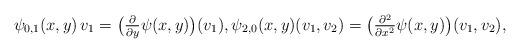
LaTeX: \begin{align*} \psi_{0,1}( x, y ) \, v_1 = \big(\tfrac{ \partial }{ \partial y } \psi( x, y )\big)( v_1 ) , \psi_{2,0}( x, y )( v_1, v_2 ) = \big( \tfrac{ \partial^2 }{ \partial x^2 } \psi( x, y ) \big)( v_1, v_2 ) ,\end{align*}